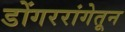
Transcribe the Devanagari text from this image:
डोंगररांगेतून